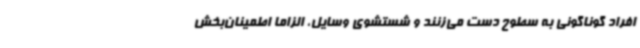
افراد گوناگونی به سطوح دست می‌زنند و شستشوی وسایل، الزاما اطمینان‌بخش